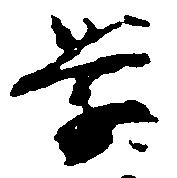
学